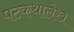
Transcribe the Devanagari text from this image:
पटकथालेख